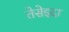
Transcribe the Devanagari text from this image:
तेसेइदा